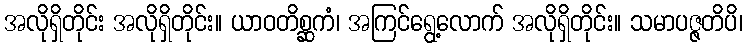
အလိုရှိတိုင်း အလိုရှိတိုင်း။ ယာဝတိစ္ဆကံ၊ အကြင်ရွေ့လောက် အလိုရှိတိုင်း။ သမာပဇ္ဇတိပိ၊